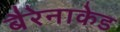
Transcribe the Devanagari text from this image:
बैरेनाकेड